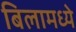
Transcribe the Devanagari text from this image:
बिलामध्ये